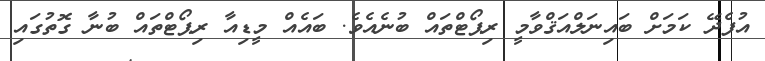
އުފެދޭ ކަމަށް ބައިނަލްއަޤްވާމީ ރިޕޯޓްތައް ބުނެއެވެ. ބައެއް މީޑިއާ ރިޕޯޓްތައް ބުނާ ގޮތުގައި